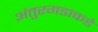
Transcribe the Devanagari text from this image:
अंतुरगडाकडे